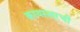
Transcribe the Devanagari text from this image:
क्रायस्लरची